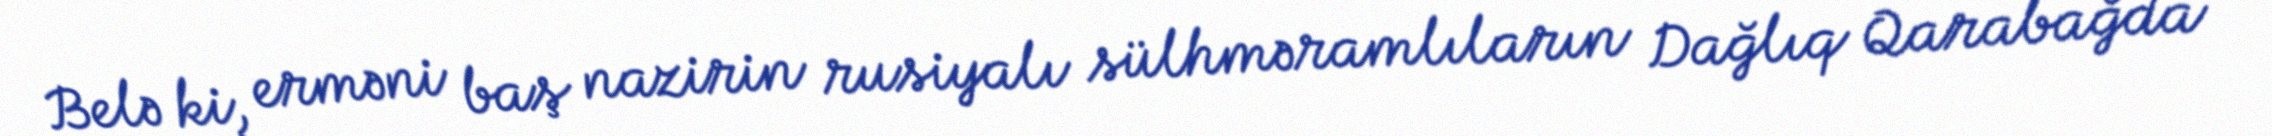
Belə ki, erməni baş nazirin rusiyalı sülhməramlıların Dağlıq Qarabağda